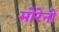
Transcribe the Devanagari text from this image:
मोरेनों